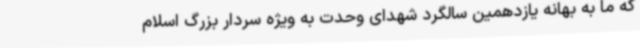
که ما به بهانه یازدهمین سالگرد شهدای وحدت به ویژه سردار بزرگ اسلام